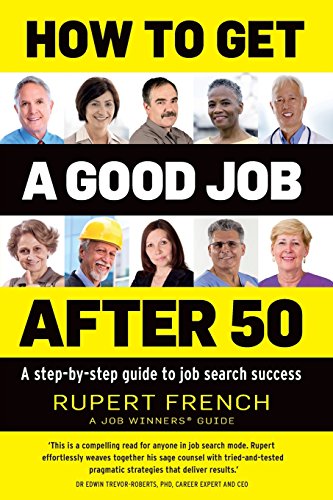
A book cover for How to get a good Job after 50: A step-by-step guide to job search success; Rupert French; Business & Money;